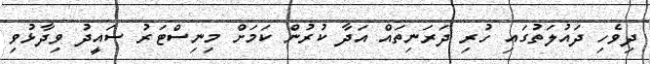
ދިވެހި ދައުލަތުގައި ހުރި ދަރަނިތައް އަދާ ކުރުން ކަމަށް މިނިސްޓަރު ސައީދު ވިދާޅުވި